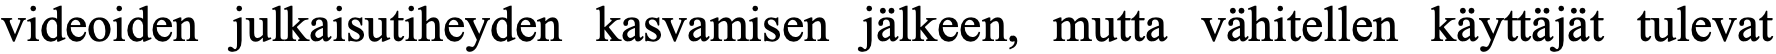
videoiden julkaisutiheyden kasvamisen jälkeen, mutta vähitellen käyttäjät tulevat